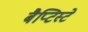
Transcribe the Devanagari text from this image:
बैप्टिस्टे